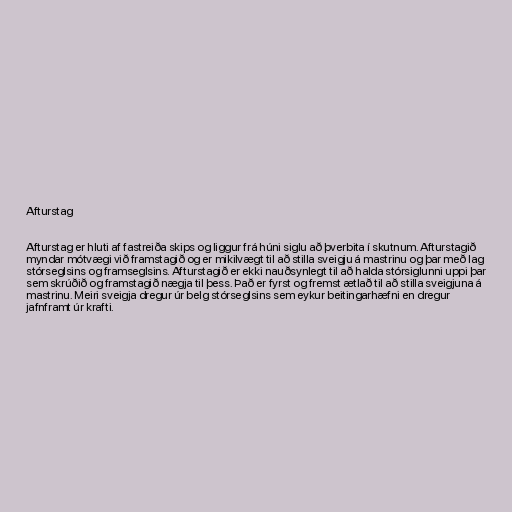
Afturstag

Afturstag er hluti af fastreiða skips og liggur frá húni siglu að þverbita í skutnum. Afturstagið
myndar mótvægi við framstagið og er mikilvægt til að stilla sveigju á mastrinu og þar með lag
stórseglsins og framseglsins. Afturstagið er ekki nauðsynlegt til að halda stórsiglunni uppi þar
sem skrúðið og framstagið nægja til þess. Það er fyrst og fremst ætlað til að stilla sveigjuna á
mastrinu. Meiri sveigja dregur úr belg stórseglsins sem eykur beitingarhæfni en dregur
jafnframt úr krafti.